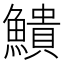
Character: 𫙷